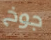
جوخ